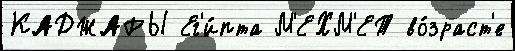
КАДЖАРЫ Ег'и́пта М'ЕХМ'ЕТ во́зраст'е